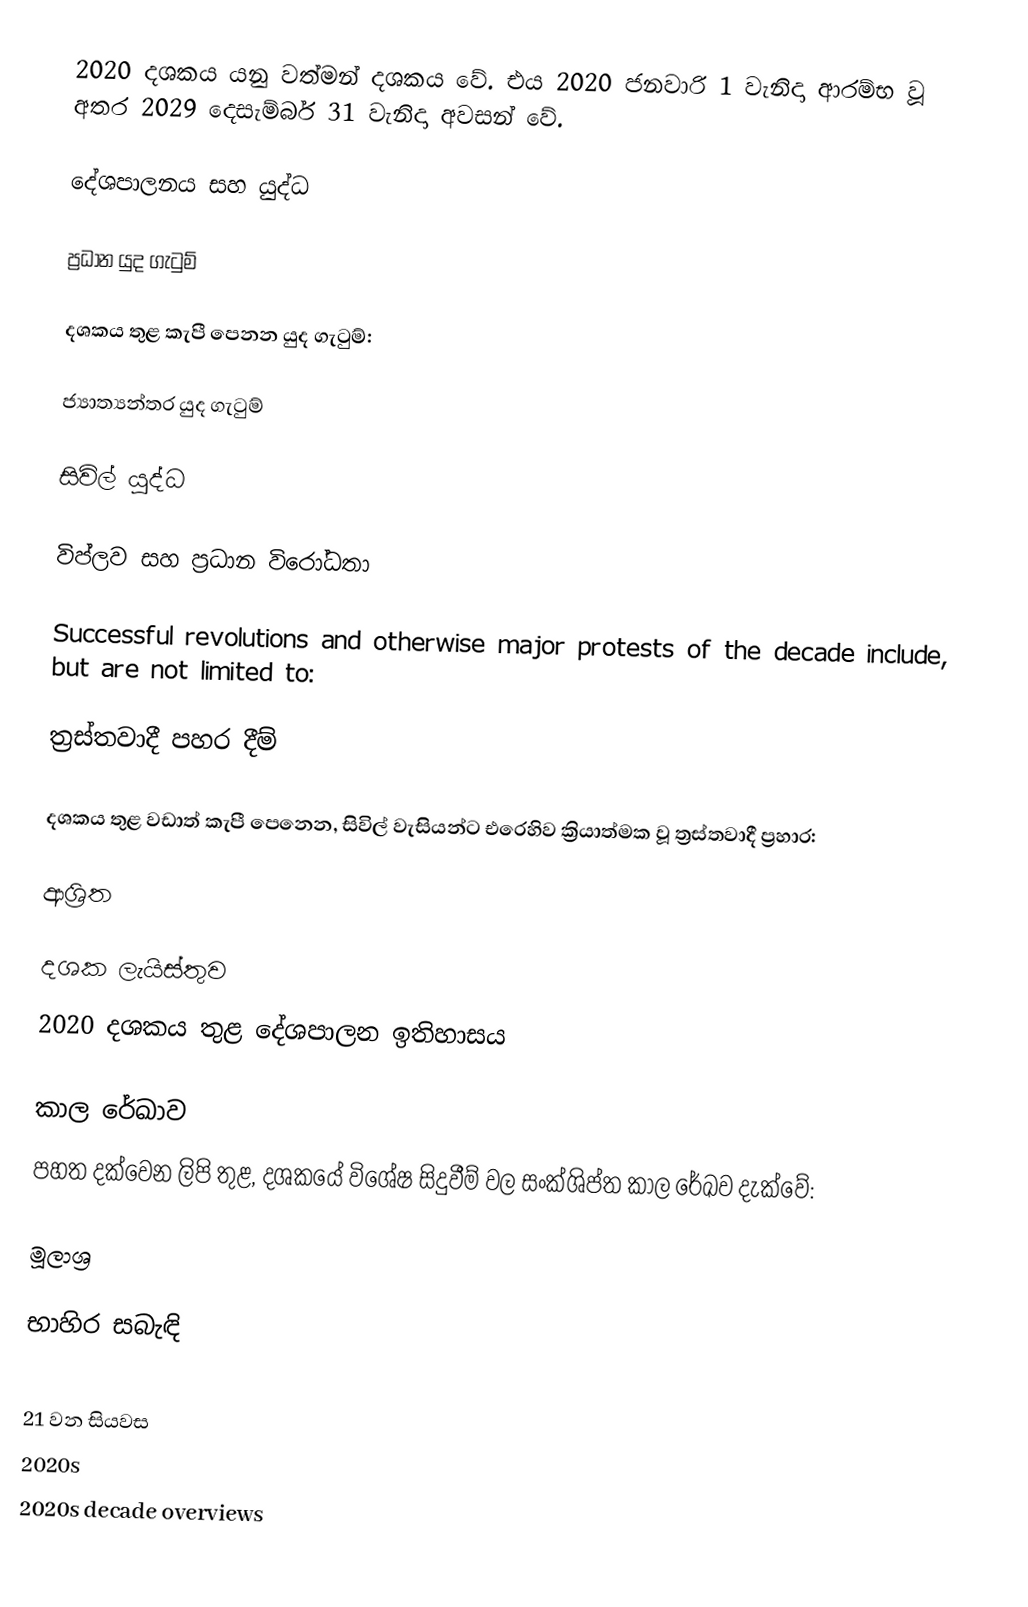
2020 දශකය යනු වත්මන් දශකය වේ. එය 2020 ජනවාරි 1 වැනිදා ආරම්භ වූ අතර 2029 දෙසැම්බර් 31 වැනිදා අවසන් වේ.

දේශපාලනය සහ යුද්ධ

ප්‍රධාන යුද ගැටුම්

දශකය තුළ කැපී පෙනන යුද ගැටුම්:

ජ්‍යාත්‍යන්තර යුද ගැටුම්

සිවිල් යුද්ධ

විප්ලව සහ ප්‍රධාන විරෝධතා

Successful revolutions and otherwise major protests of the decade include, but are not limited to:

ත්‍රස්තවාදී පහර දීම්

දශකය තුළ වඩාත් කැපී පෙනෙන, සිවිල් වැසියන්ට එරෙහිව ක්‍රියාත්මක වූ ත්‍රස්තවාදී ප්‍රහාර:

ආශ්‍රිත

දශක ලැයිස්තුව
2020 දශකය තුළ දේශපාලන ඉතිහාසය

කාල රේඛාව
පහත දක්වෙන ලිපි තුළ, දශකයේ විශේෂ සිදුවීම් වල සංක්ශිප්ත කාල රේඛව දැක්වේ:

මූලාශ්‍ර

භාහිර සබැඳි

21 වන සියවස
2020s
2020s decade overviews